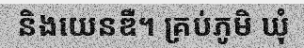
និងយេនឌឺ។ គ្រប់ភូមិ ឃុំ